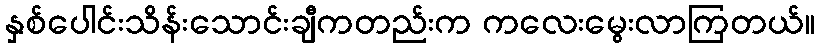
နှစ်ပေါင်းသိန်းသောင်းချီကတည်းက ကလေးမွေးလာကြတယ်။